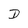
Character: D